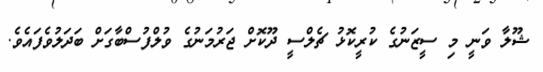
ޝޫލާ ވަނީ މި ސީޒަނުގެ ކުރީކޮޅު ޗެލްސީ ދޫކޮށް ޖަރުމަނުގެ ވުލްފުސްބާގަށް ބަދަލުވެފައެވެ.